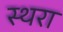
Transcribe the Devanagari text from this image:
स्थरा